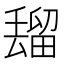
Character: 𰣒